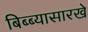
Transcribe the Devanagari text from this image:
बिब्ब्यासारखे